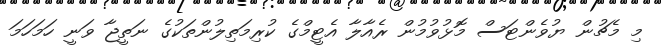
މި މެޗުން ޔުވެންޓަސް މޮޅުވުމުން ރެއާލާ އެޓީމްގެ ކުރިމަތިލުންތަކުގެ ނަތީޖާ ވަނީ ހަމަހަމަ